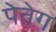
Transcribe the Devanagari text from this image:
पेतेग